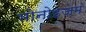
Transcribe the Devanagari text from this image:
मोनोइज़म